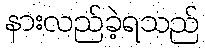
နားလည်ခဲ့ရသည်